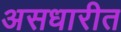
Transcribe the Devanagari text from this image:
असधारीत